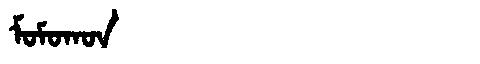
Manchu: ᠮᠣᠮᠣᡴᠣᠨ
Romanization: MOMOKON